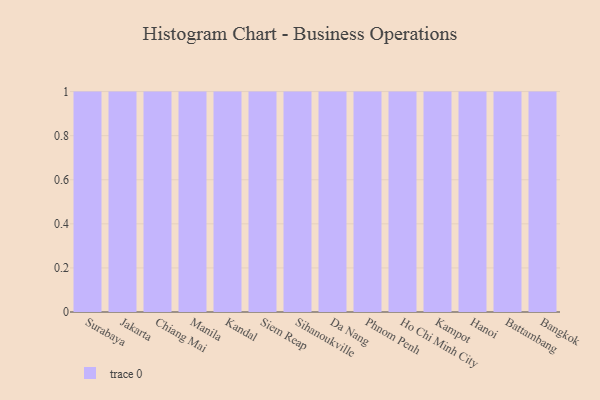
{"axis": {"x": "City", "y": "Shipments"}, "legend": [""], "data": [{"x": "Surabaya", "y": 68, "type": ""}, {"x": "Jakarta", "y": 6, "type": ""}, {"x": "Chiang Mai", "y": 17, "type": ""}, {"x": "Manila", "y": 84, "type": ""}, {"x": "Kandal", "y": 80, "type": ""}, {"x": "Siem Reap", "y": 58, "type": ""}, {"x": "Sihanoukville", "y": 42, "type": ""}, {"x": "Da Nang", "y": 13, "type": ""}, {"x": "Phnom Penh", "y": 76, "type": ""}, {"x": "Ho Chi Minh City", "y": 63, "type": ""}, {"x": "Kampot", "y": 7, "type": ""}, {"x": "Hanoi", "y": 81, "type": ""}, {"x": "Battambang", "y": 11, "type": ""}, {"x": "Bangkok", "y": 41, "type": ""}]}